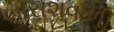
ખારાશવાળી